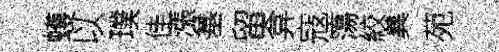
蠖以璞佳漲基留弇寇簜絞兾苑